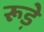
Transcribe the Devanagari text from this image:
रूड़े